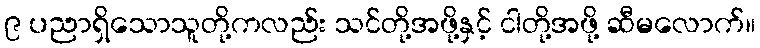
၉ ပညာရှိသောသူတို့ကလည်း သင်တို့အဖို့နှင့် ငါတို့အဖို့ ဆီမလောက်။